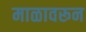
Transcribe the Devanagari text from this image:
माळावरून